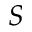
S